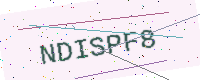
Text: NDISPF8